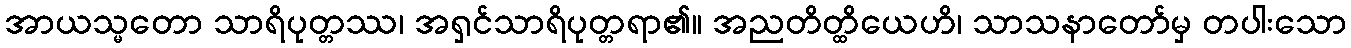
အာယသ္မတော သာရိပုတ္တဿ၊ အရှင်သာရိပုတ္တရာ၏။ အညတိတ္ထိယေဟိ၊ သာသနာတော်မှ တပါးသော